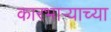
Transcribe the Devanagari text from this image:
कारभार्‍याच्या